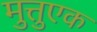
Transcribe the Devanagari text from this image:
मुत्तुएक